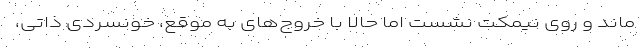
ماند و روی نیمکت نشست اما حالا با خروج‌های به موقع، خونسردی ذاتی،